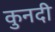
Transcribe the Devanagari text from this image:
कुनदी